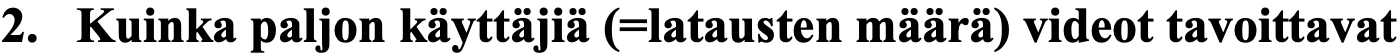
2. Kuinka paljon käyttäjiä (=latausten määrä) videot tavoittavat